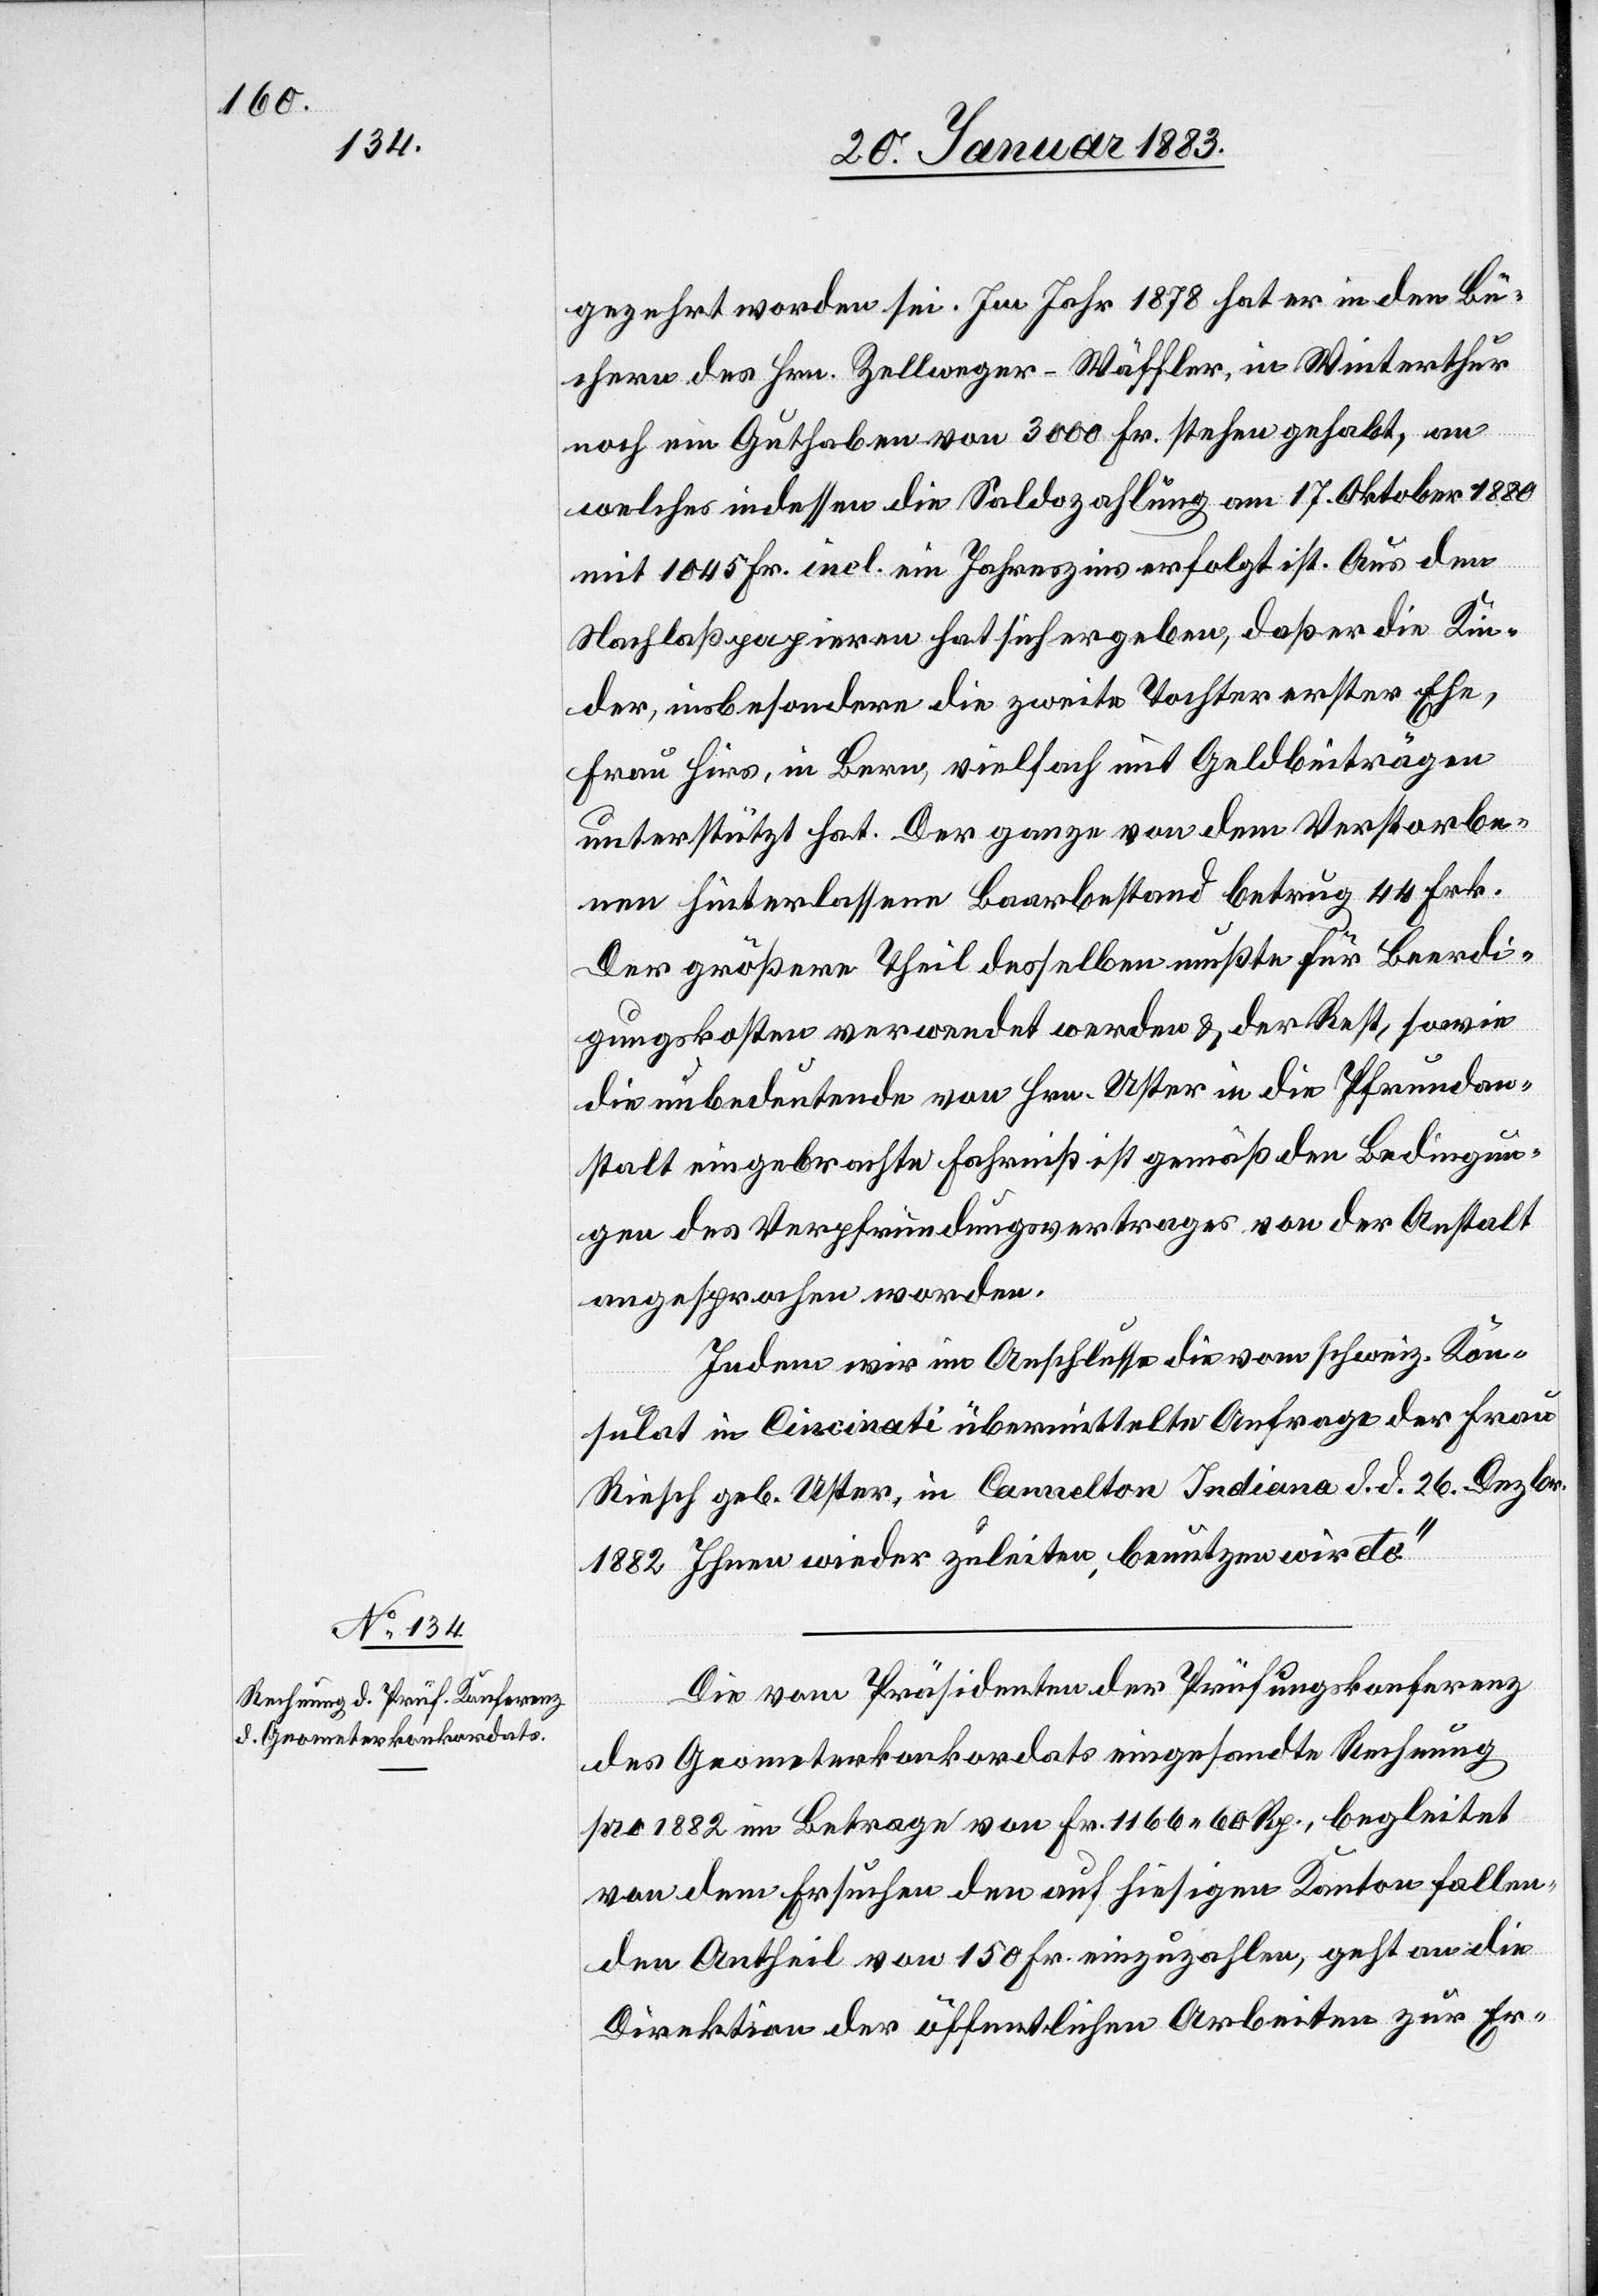
23. Januar 1883]
gezehrt worden sei. Im Jahr 1878 hat er in den Bü¬
chern des Hrn. Zellweger-Wäffler, in Winterthur
noch ein Guthaben von 3000 Fr. stehen gehabt, an
welches indessen die Saldozahlung am 17. Oktober 1880
mit 1045 Fr. incl. ein Jahreszins erfolgt ist. Aus den
Nachlaßpapieren hat sich ergeben, daß er die Kin¬
der, insbesondere die zweite Tochter erster Ehe,
Frau Hirs, in Bern, vielfach mit Geldbeträgen
unterstützt hat. Der ganze von dem Verstorbe¬
nen hinterlassene Baarbestand betrug 44 Frk.
Der größere Theil desselben mußte für Beerdi¬
gungskosten verwendet werden & der Rest, sowie
die unbedeutende von Hrn. Uster in die Pfrundan¬
stalt eingebrachte Fahrniß ist gemäß den Bedingun¬
gen des Verpfründungsvertrages von der Anstalt
angesprochen worden.
Indem wir im Anschlusse die vom schweiz. Kon¬
sulat in Cincinati übermittelte Anfrage der Frau
Riesch geb. Uster, in Cannelton Indiana d. d. 26. Dezbr.
1882 Ihnen wieder zuleiten, benutzen wir etc.“
Die vom Präsidenten der Prüfungskonferenz
des Geometerkonkordats eingesandte Rechnung
pro 1882 im Betrage von Fr. 1166 60 Rp., begleitet
von dem Ersuchen den auf hiesigen Kanton fallen¬
den Antheil von 150 Fr. einzuzahlen, geht an die
Direktion der öffentlichen Arbeiten zur Er-